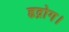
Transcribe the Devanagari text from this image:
हृद्रोग।